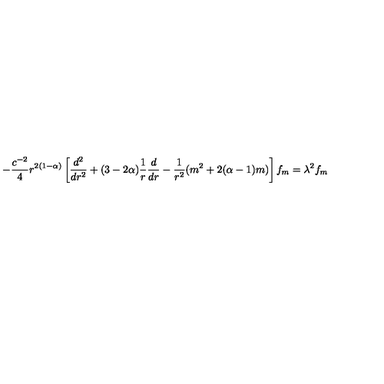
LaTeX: - \frac { c ^ { - 2 } } { 4 } r ^ { 2 ( 1 - \alpha ) } \left[ \frac { d ^ { 2 } } { d r ^ { 2 } } + ( 3 - 2 \alpha ) \frac { 1 } { r } \frac { d } { d r } - \frac { 1 } { r ^ { 2 } } ( m ^ { 2 } + 2 ( \alpha - 1 ) m ) \right] f _ { m } = \lambda ^ { 2 } f _ { m }